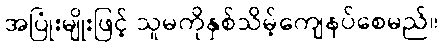
အပြုံးမျိုးဖြင့် သူမကိုနှစ်သိမ့်ကျေနပ်စေမည်။